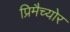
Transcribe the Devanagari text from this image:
प्रिमैच्योर